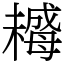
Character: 𣚺